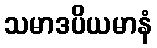
သမာဒပိယမာနံ